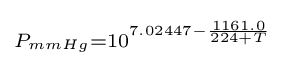
\scriptstyle P_{mmHg}=10^{7.02447-{\frac {1161.0}{224+T}}}